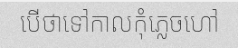
បើថាទៅកាលកុំភ្លេចហៅ